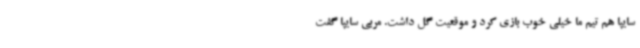
سایپا هم تیم ما خیلی خوب بازی کرد و موقعیت گل داشت. مربی سایپا گفت